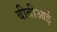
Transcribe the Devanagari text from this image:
बीबीआई